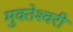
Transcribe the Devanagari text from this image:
मुक्‍तेश्‍वरी